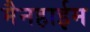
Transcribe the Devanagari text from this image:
मैनहाईम